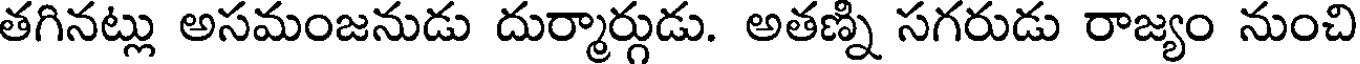
తగినట్లు అసమంజనుడు దుర్మార్గుడు. అతణ్ని సగరుడు రాజ్యం నుంచి